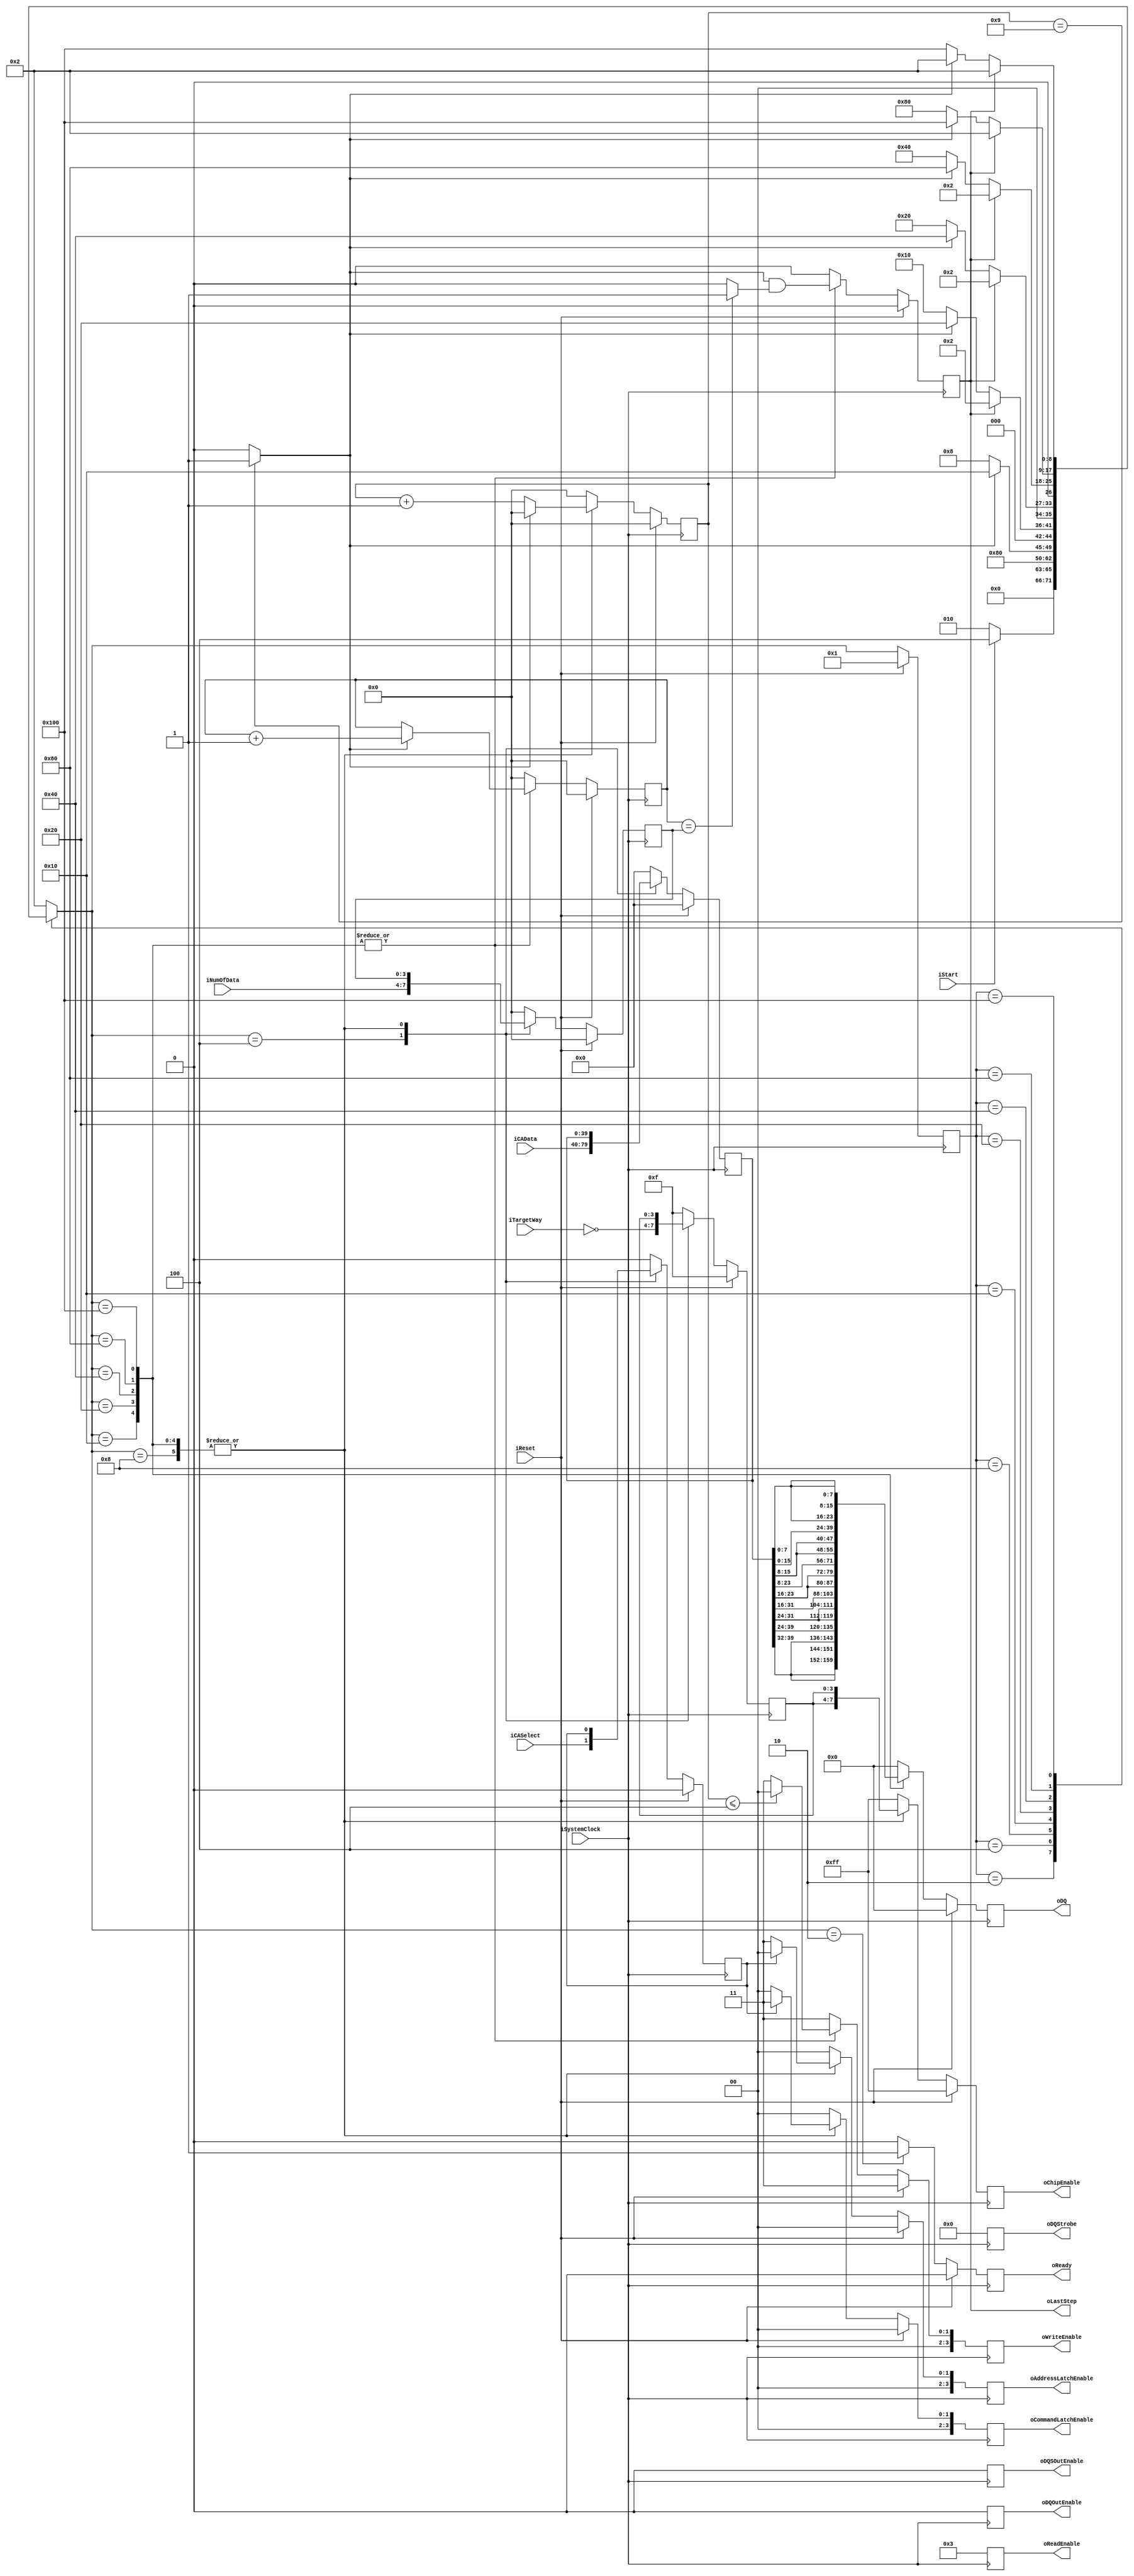
`timescale 1ns / 1ps
module NFC_Atom_Command_Async
#
(
    parameter NumberOfWays    =   4
)
(
    iSystemClock            ,
    iReset                  ,
    oReady                  ,
    oLastStep               ,
    iStart                  ,
    iTargetWay              ,
    iNumOfData              ,
    iCASelect               ,
    iCAData                 ,

    oDQSOutEnable           ,
    oDQOutEnable            ,
    oDQStrobe               ,
    oDQ                     ,
    oChipEnable             ,
    oReadEnable             ,
    oWriteEnable            ,
    oAddressLatchEnable     ,
    oCommandLatchEnable  
);

    input                           iSystemClock            ;
    input                           iReset                  ;
    output                          oReady                  ;
    output                          oLastStep               ;
    input                           iStart                  ;
    input   [NumberOfWays - 1:0]    iTargetWay              ;
    input   [3:0]                   iNumOfData              ;
    input                           iCASelect               ;
    input   [39:0]                  iCAData                 ;

    output                          oDQSOutEnable           ;
    output                          oDQOutEnable            ;

    output  [7:0]                   oDQStrobe               ;
    output  [31:0]                  oDQ                     ;
    output  [2*NumberOfWays - 1:0]  oChipEnable             ;
    output  [3:0]                   oReadEnable             ;
    output  [3:0]                   oWriteEnable            ;
    output  [3:0]                   oAddressLatchEnable     ;
    output  [3:0]                   oCommandLatchEnable     ;

    // FSM
    // IDLE
    // capture CAData
    // output command or address

    reg                           rReady                  ;
    reg                           rLastStep               ;

    reg   [NumberOfWays - 1:0]    rTargetWay              ;
    reg   [3:0]                   rNumOfData              ;
    reg                           rCASelect               ;
    reg   [39:0]                  rCAData                 ;

    reg                           rDQSOutEnable           ;
    reg                           rDQOutEnable            ;
 
    reg  [7:0]                    rDQStrobe               ;
    reg  [31:0]                   rDQ                     ;
    reg  [2*NumberOfWays - 1:0]   rChipEnable             ;
    reg  [3:0]                    rReadEnable             ;
    reg  [3:0]                    rWriteEnable            ;
    reg  [3:0]                    rAddressLatchEnable     ;
    reg  [3:0]                    rCommandLatchEnable     ;

    reg  [3:0]                    rACA_DataCounter        ;
    reg  [3:0]                    rACA_TimeCounter        ;


    wire                          wTimerDone = (rACA_TimeCounter == 4'd9) ? 1 : 0 ;
    wire                          wTimerHalf = (rACA_TimeCounter == 4'd4) ? 1 : 0 ;
    wire                          wACSDone   = (rACA_DataCounter == rNumOfData) ? 1 : 0 ;

    localparam Write_Valid = 4'b0000;
    localparam Write_Idle  = 4'b0011;

    localparam Out_Enable  = 0;
    localparam Out_Disable = 1;

    // FSM Parameters/Wires/Regs
    localparam ACA_FSM_BIT = 9;
    localparam ACA_RESET = 9'b0_0000_0001;
    localparam ACA_READY = 9'b0_0000_0010; // Ready
    localparam ACA_LATCH = 9'b0_0000_0100; // Command/Address capture: first
    localparam ACA_tCSSS = 9'b0_0000_1000; // tDQSHZ
    localparam ACA_OST00 = 9'b0_0001_0000; // output data
    localparam ACA_OST01 = 9'b0_0010_0000; // output data
    localparam ACA_OST02 = 9'b0_0100_0000; // output data
    localparam ACA_OST03 = 9'b0_1000_0000; // output data
    localparam ACA_OST04 = 9'b1_0000_0000; // output data

    reg     [ACA_FSM_BIT-1:0]       rACA_cur_state          ;
    reg     [ACA_FSM_BIT-1:0]       rACA_nxt_state          ;

    // FSM: Atom_Command_Sync
    
    // update current state to next state
    always @ (posedge iSystemClock) begin
        if (iReset) begin
            rACA_cur_state <= ACA_RESET;
        end else begin
            rACA_cur_state <= rACA_nxt_state;
        end
    end
    
    // deside next state
    always @ ( * ) begin
        case (rACA_cur_state)
            ACA_RESET: begin
                rACA_nxt_state <= ACA_READY;
            end
            ACA_READY: begin
                rACA_nxt_state <= (iStart)? ACA_LATCH:ACA_READY;
            end
            ACA_LATCH: begin
                rACA_nxt_state <= ACA_tCSSS;
            end
            ACA_tCSSS: begin
                rACA_nxt_state <= (wTimerDone)? ACA_OST00:ACA_tCSSS; // 50ns
            end
            ACA_OST00: begin
                rACA_nxt_state <= (rLastStep) ? ACA_READY : ((wTimerDone)? ACA_OST01:ACA_OST00); // 100ns
            end
            ACA_OST01: begin
                rACA_nxt_state <= (rLastStep) ? ACA_READY : ((wTimerDone)? ACA_OST02:ACA_OST01);
            end
            ACA_OST02: begin
                rACA_nxt_state <= (rLastStep) ? ACA_READY : ((wTimerDone)? ACA_OST03:ACA_OST02);
            end
            ACA_OST03: begin
                rACA_nxt_state <= (rLastStep) ? ACA_READY : ((wTimerDone)? ACA_OST04:ACA_OST03);
            end
            ACA_OST04: begin
                rACA_nxt_state <= (rLastStep) ? ACA_READY : ((wTimerDone)? ACA_READY:ACA_OST04);
            end
            default:
                rACA_nxt_state <= ACA_READY;
        endcase
    end

    // state behaviour
    always @ (posedge iSystemClock) begin
        if (iReset) begin
            rReady              <= 1'b0;
            rLastStep           <= 1'b0;

            rTargetWay          <= { NumberOfWays{1'b1} };
            rNumOfData          <= 4'h0;
            rCASelect           <= 1'b0;
            rCAData             <= 40'h00_00_00_00_00;
            
            rDQSOutEnable       <= Out_Enable;    
            rDQOutEnable        <= Out_Enable;

            rDQStrobe           <= 8'h0;
            rDQ                 <= 32'h0000;
            rChipEnable         <= { 2*NumberOfWays{1'b1} };
            rReadEnable         <= 4'b0011;
            rWriteEnable        <= Write_Idle;
            rAddressLatchEnable <= 4'h0;
            rCommandLatchEnable <= 4'h0; 

            rACA_DataCounter    <= 4'd0;
            rACA_TimeCounter    <= 4'd0;
        end else begin
            case (rACA_nxt_state)
                ACA_RESET: begin
                    rReady              <= 1'b0;
                    rLastStep           <= 1'b0;

                    rTargetWay          <= { NumberOfWays{1'b1} };
                    rNumOfData          <= 4'h0;
                    rCASelect           <= 1'b0;
                    rCAData             <= 40'h00_00_00_00_00;
                    
                    rDQSOutEnable       <= Out_Enable;    
                    rDQOutEnable        <= Out_Enable;

                    rDQStrobe           <= 8'h0;
                    rDQ                 <= 32'h0000;
                    rChipEnable         <= { 2*NumberOfWays{1'b1} };
		            rReadEnable         <= 4'b0011;
		            rWriteEnable        <= Write_Idle;
                    rAddressLatchEnable <= 4'h0;
                    rCommandLatchEnable <= 4'h0; 

                    rACA_DataCounter    <= 4'd0;
                    rACA_TimeCounter    <= 4'd0;
                end
                ACA_READY: begin
                    rReady              <= 1'b1;
                    rLastStep           <= 1'b0;

                    rTargetWay          <= { NumberOfWays{1'b1} };
                    rNumOfData          <= 4'h0;
                    rCASelect           <= 1'b0;
                    rCAData             <= 40'h00_00_00_00_00;
                    
                    rDQSOutEnable       <= Out_Enable;    
                    rDQOutEnable        <= Out_Enable;

                    rDQStrobe           <= 8'h0;
                    rDQ                 <= 32'h0000;
                    rChipEnable         <= { 2*NumberOfWays{1'b1} };
		            rReadEnable         <= 4'b0011;
		            rWriteEnable        <= Write_Idle;
                    rAddressLatchEnable <= 4'h0;
                    rCommandLatchEnable <= 4'h0; 

                    rACA_DataCounter    <= 4'd0;
                    rACA_TimeCounter    <= 4'd0;
                end
                ACA_LATCH: begin
                    rReady              <= 1'b0;
                    rLastStep           <= 1'b0;

                    rTargetWay          <= ~iTargetWay;
                    rNumOfData          <= iNumOfData;
                    rCASelect           <= iCASelect ;
                    rCAData             <= iCAData   ;
                    
                    rDQSOutEnable       <= Out_Enable;    
                    rDQOutEnable        <= Out_Enable;

                    rDQStrobe           <= 8'h0;
                    rDQ                 <= 32'h0000;
                    rChipEnable         <= { 2*NumberOfWays{1'b1} };
		            rReadEnable         <= 4'b0011;
		            rWriteEnable        <= Write_Idle;
                    rAddressLatchEnable <= 4'h0;
                    rCommandLatchEnable <= 4'h0; 

                    rACA_DataCounter    <= 4'd0;
                    rACA_TimeCounter    <= 4'd0;
                end
                ACA_tCSSS: begin
                    rReady              <= 1'b0;
                    rLastStep           <= 1'b0;

                    rTargetWay          <= rTargetWay;
                    rNumOfData          <= rNumOfData;
                    rCASelect           <= rCASelect ;
                    rCAData             <= rCAData   ;
                    
                    rDQSOutEnable       <= Out_Enable;    
                    rDQOutEnable        <= Out_Enable;

                    rDQStrobe           <= 8'h0;
                    rDQ                 <= 32'h0000;
                    rChipEnable         <= {rTargetWay ,rTargetWay};
                    rReadEnable         <= 4'b0011;
                    rWriteEnable        <= Write_Idle;
                    rAddressLatchEnable <= (rCASelect) ? 4'b0000 : 4'b0011;
                    rCommandLatchEnable <= (rCASelect) ? 4'b0011 : 4'b0000;

                    rACA_DataCounter    <= 4'd0;
                    rACA_TimeCounter    <= (wTimerDone) ? 0 : rACA_TimeCounter + 1;
                end
                ACA_OST00: begin
                    rReady              <= 1'b0;
                    rLastStep           <= wTimerDone & wACSDone;

                    rTargetWay          <= rTargetWay;
                    rNumOfData          <= rNumOfData;
                    rCASelect           <= rCASelect ;
                    rCAData             <= rCAData   ;
                    
                    rDQSOutEnable       <= Out_Enable;    
                    rDQOutEnable        <= Out_Enable;

                    rDQStrobe           <= 8'h0;
                    rDQ                 <= {4{rCAData[39:32]}};
                    rChipEnable         <= {rTargetWay ,rTargetWay};
                    rReadEnable         <= 4'b0011;
                    rWriteEnable        <= (rACA_TimeCounter <= 4'd4) ? Write_Valid : Write_Idle;
                    rAddressLatchEnable <= (rCASelect) ? 4'b0000 : 4'b0011;
                    rCommandLatchEnable <= (rCASelect) ? 4'b0011 : 4'b0000;

                    rACA_DataCounter    <= (wTimerDone) ? rACA_DataCounter + 1 : rACA_DataCounter ;
                    rACA_TimeCounter    <= (wTimerDone) ? 0 : rACA_TimeCounter + 1;
                end
                ACA_OST01: begin
                    rReady              <= 1'b0;
                    rLastStep           <= wTimerDone & wACSDone;

                    rTargetWay          <= rTargetWay;
                    rNumOfData          <= rNumOfData;
                    rCASelect           <= rCASelect ;
                    rCAData             <= rCAData   ;
                    
                    rDQSOutEnable       <= Out_Enable;    
                    rDQOutEnable        <= Out_Enable;

                    rDQStrobe           <= 8'h0;
                    rDQ                 <= {4{rCAData[31:24]}};
                    rChipEnable         <= {rTargetWay ,rTargetWay};
                    rReadEnable         <= 4'b0011;
                    rWriteEnable        <= (rACA_TimeCounter <= 4'd4) ? Write_Valid : Write_Idle;
                    rAddressLatchEnable <= (rCASelect) ? 4'b0000 : 4'b0011;
                    rCommandLatchEnable <= (rCASelect) ? 4'b0011 : 4'b0000;

                    rACA_DataCounter    <= (wTimerDone) ? rACA_DataCounter + 1 : rACA_DataCounter ;
                    rACA_TimeCounter    <= (wTimerDone) ? 0 : rACA_TimeCounter + 1;
                end
                ACA_OST02: begin
                    rReady              <= 1'b0;
                    rLastStep           <= wTimerDone & wACSDone;

                    rTargetWay          <= rTargetWay;
                    rNumOfData          <= rNumOfData;
                    rCASelect           <= rCASelect ;
                    rCAData             <= rCAData   ;
                    
                    rDQSOutEnable       <= Out_Enable;    
                    rDQOutEnable        <= Out_Enable;

                    rDQStrobe           <= 8'h0;
                    rDQ                 <= {4{rCAData[23:16]}};
                    rChipEnable         <= {rTargetWay ,rTargetWay};
                    rReadEnable         <= 4'b0011;
                    rWriteEnable        <= (rACA_TimeCounter <= 4'd4) ? Write_Valid : Write_Idle;
                    rAddressLatchEnable <= (rCASelect) ? 4'b0000 : 4'b0011;
                    rCommandLatchEnable <= (rCASelect) ? 4'b0011 : 4'b0000;

                    rACA_DataCounter    <= (wTimerDone) ? rACA_DataCounter + 1 : rACA_DataCounter ;
                    rACA_TimeCounter    <= (wTimerDone) ? 0 : rACA_TimeCounter + 1;
                end
                ACA_OST03: begin
                    rReady              <= 1'b0;
                    rLastStep           <= wTimerDone & wACSDone;

                    rTargetWay          <= rTargetWay;
                    rNumOfData          <= rNumOfData;
                    rCASelect           <= rCASelect ;
                    rCAData             <= rCAData   ;
                    
                    rDQSOutEnable       <= Out_Enable;    
                    rDQOutEnable        <= Out_Enable;

                    rDQStrobe           <= 8'h0;
                    rDQ                 <= {4{rCAData[15:8]}};
                    rChipEnable         <= {rTargetWay ,rTargetWay};
                    rReadEnable         <= 4'b0011;
                    rWriteEnable        <= (rACA_TimeCounter <= 4'd4) ? Write_Valid : Write_Idle;
                    rAddressLatchEnable <= (rCASelect) ? 4'b0000 : 4'b0011;
                    rCommandLatchEnable <= (rCASelect) ? 4'b0011 : 4'b0000;

                    rACA_DataCounter    <= (wTimerDone) ? rACA_DataCounter + 1 : rACA_DataCounter ;
                    rACA_TimeCounter    <= (wTimerDone) ? 0 : rACA_TimeCounter + 1;
                end
                ACA_OST04: begin
                    rReady              <= 1'b0;
                    rLastStep           <= wTimerDone & wACSDone;

                    rTargetWay          <= rTargetWay;
                    rNumOfData          <= rNumOfData;
                    rCASelect           <= rCASelect ;
                    rCAData             <= rCAData   ;
                    
                    rDQSOutEnable       <= Out_Enable;    
                    rDQOutEnable        <= Out_Enable;

                    rDQStrobe           <= 8'h0;
                    rDQ                 <= {4{rCAData[7:0]}};
                    rChipEnable         <= {rTargetWay ,rTargetWay};
                    rReadEnable         <= 4'b0011;
                    rWriteEnable        <= (rACA_TimeCounter <= 4'd4) ? Write_Valid : Write_Idle;
                    rAddressLatchEnable <= (rCASelect) ? 4'b0000 : 4'b0011;
                    rCommandLatchEnable <= (rCASelect) ? 4'b0011 : 4'b0000;

                    rACA_DataCounter    <= (wTimerDone) ? rACA_DataCounter + 1 : rACA_DataCounter ;
                    rACA_TimeCounter    <= (wTimerDone) ? 0 : rACA_TimeCounter + 1;
                end
                default: begin
                    rReady              <= 1'b0;
                    rLastStep           <= 1'b0;
                    rTargetWay          <= { NumberOfWays{1'b1} };
                    rNumOfData          <= 4'h0;
                    rCASelect           <= 1'b0;
                    rCAData             <= 40'h00_00_00_00_00;
                    
                    rDQSOutEnable       <= Out_Enable;    
                    rDQOutEnable        <= Out_Enable;

                    rDQStrobe           <= 8'h0;
                    rDQ                 <= 32'h0000;
                    rChipEnable         <= { 2*NumberOfWays{1'b1} };
		            rReadEnable         <= 4'b0011;
		            rWriteEnable        <= Write_Idle;
                    rAddressLatchEnable <= 4'h0;
                    rCommandLatchEnable <= 4'h0; 

                    rACA_DataCounter    <= 4'd0;
                    rACA_TimeCounter    <= 4'd0;
                end
            endcase
        end
    end

    assign oReady              = rReady                  ;
    assign oLastStep           = rLastStep               ;

    assign oDQSOutEnable       = rDQSOutEnable           ;   
    assign oDQOutEnable        = rDQOutEnable            ;   
    assign oDQStrobe           = rDQStrobe               ;   
    assign oDQ                 = rDQ                     ;   
    assign oChipEnable         = rChipEnable             ;   
    assign oReadEnable         = rReadEnable             ;   
    assign oWriteEnable        = rWriteEnable            ;   
    assign oAddressLatchEnable = rAddressLatchEnable     ;   
    assign oCommandLatchEnable = rCommandLatchEnable     ;   
endmodule